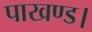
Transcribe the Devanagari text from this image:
पाखण्ड।